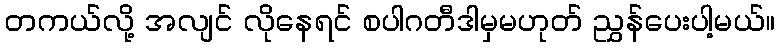
တကယ်လို့ အလျင် လိုနေရင် စပါဂတီဒါမှမဟုတ် ညွှန်ပေးပါ့မယ်။